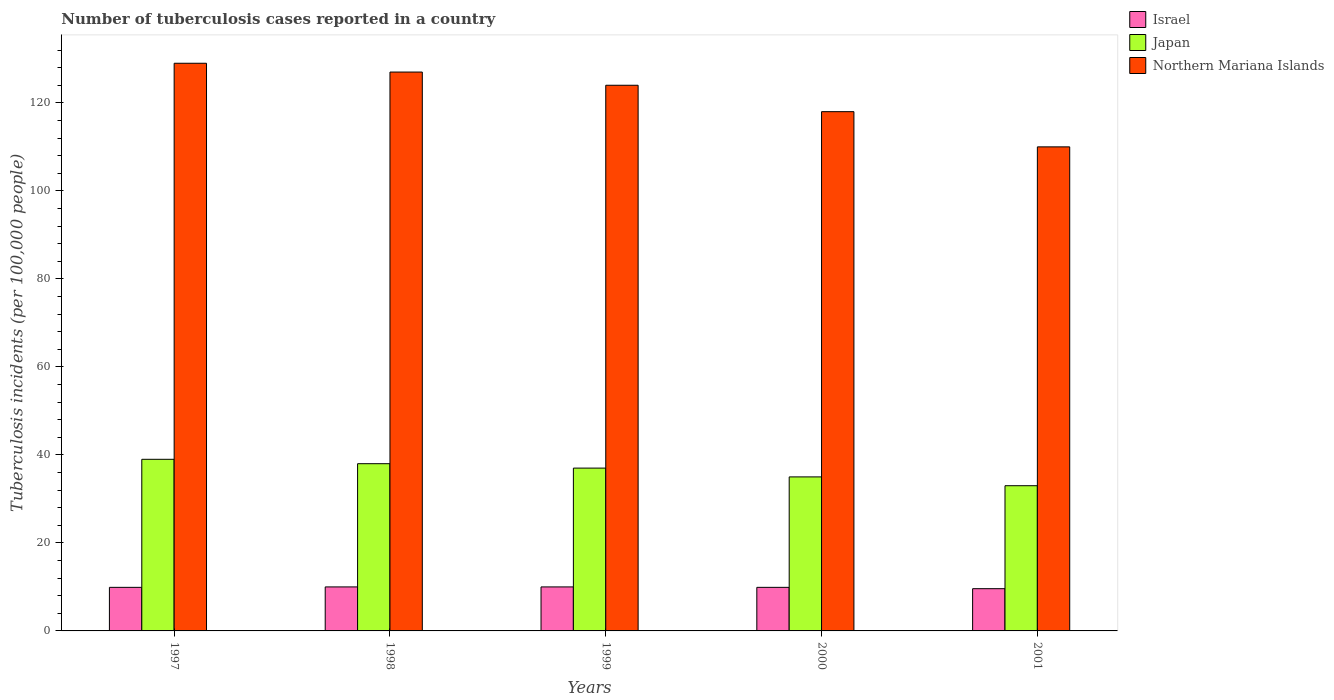
| Years | Israel | Japan | Northern Mariana Islands |
 | --- | --- | --- | --- |
 | 1997 | 9.9 | 39 | 129 |
 | 1998 | 10 | 38 | 127 |
 | 1999 | 10 | 37 | 124 |
 | 2000 | 9.9 | 35 | 118 |
 | 2001 | 9.6 | 33 | 110 |